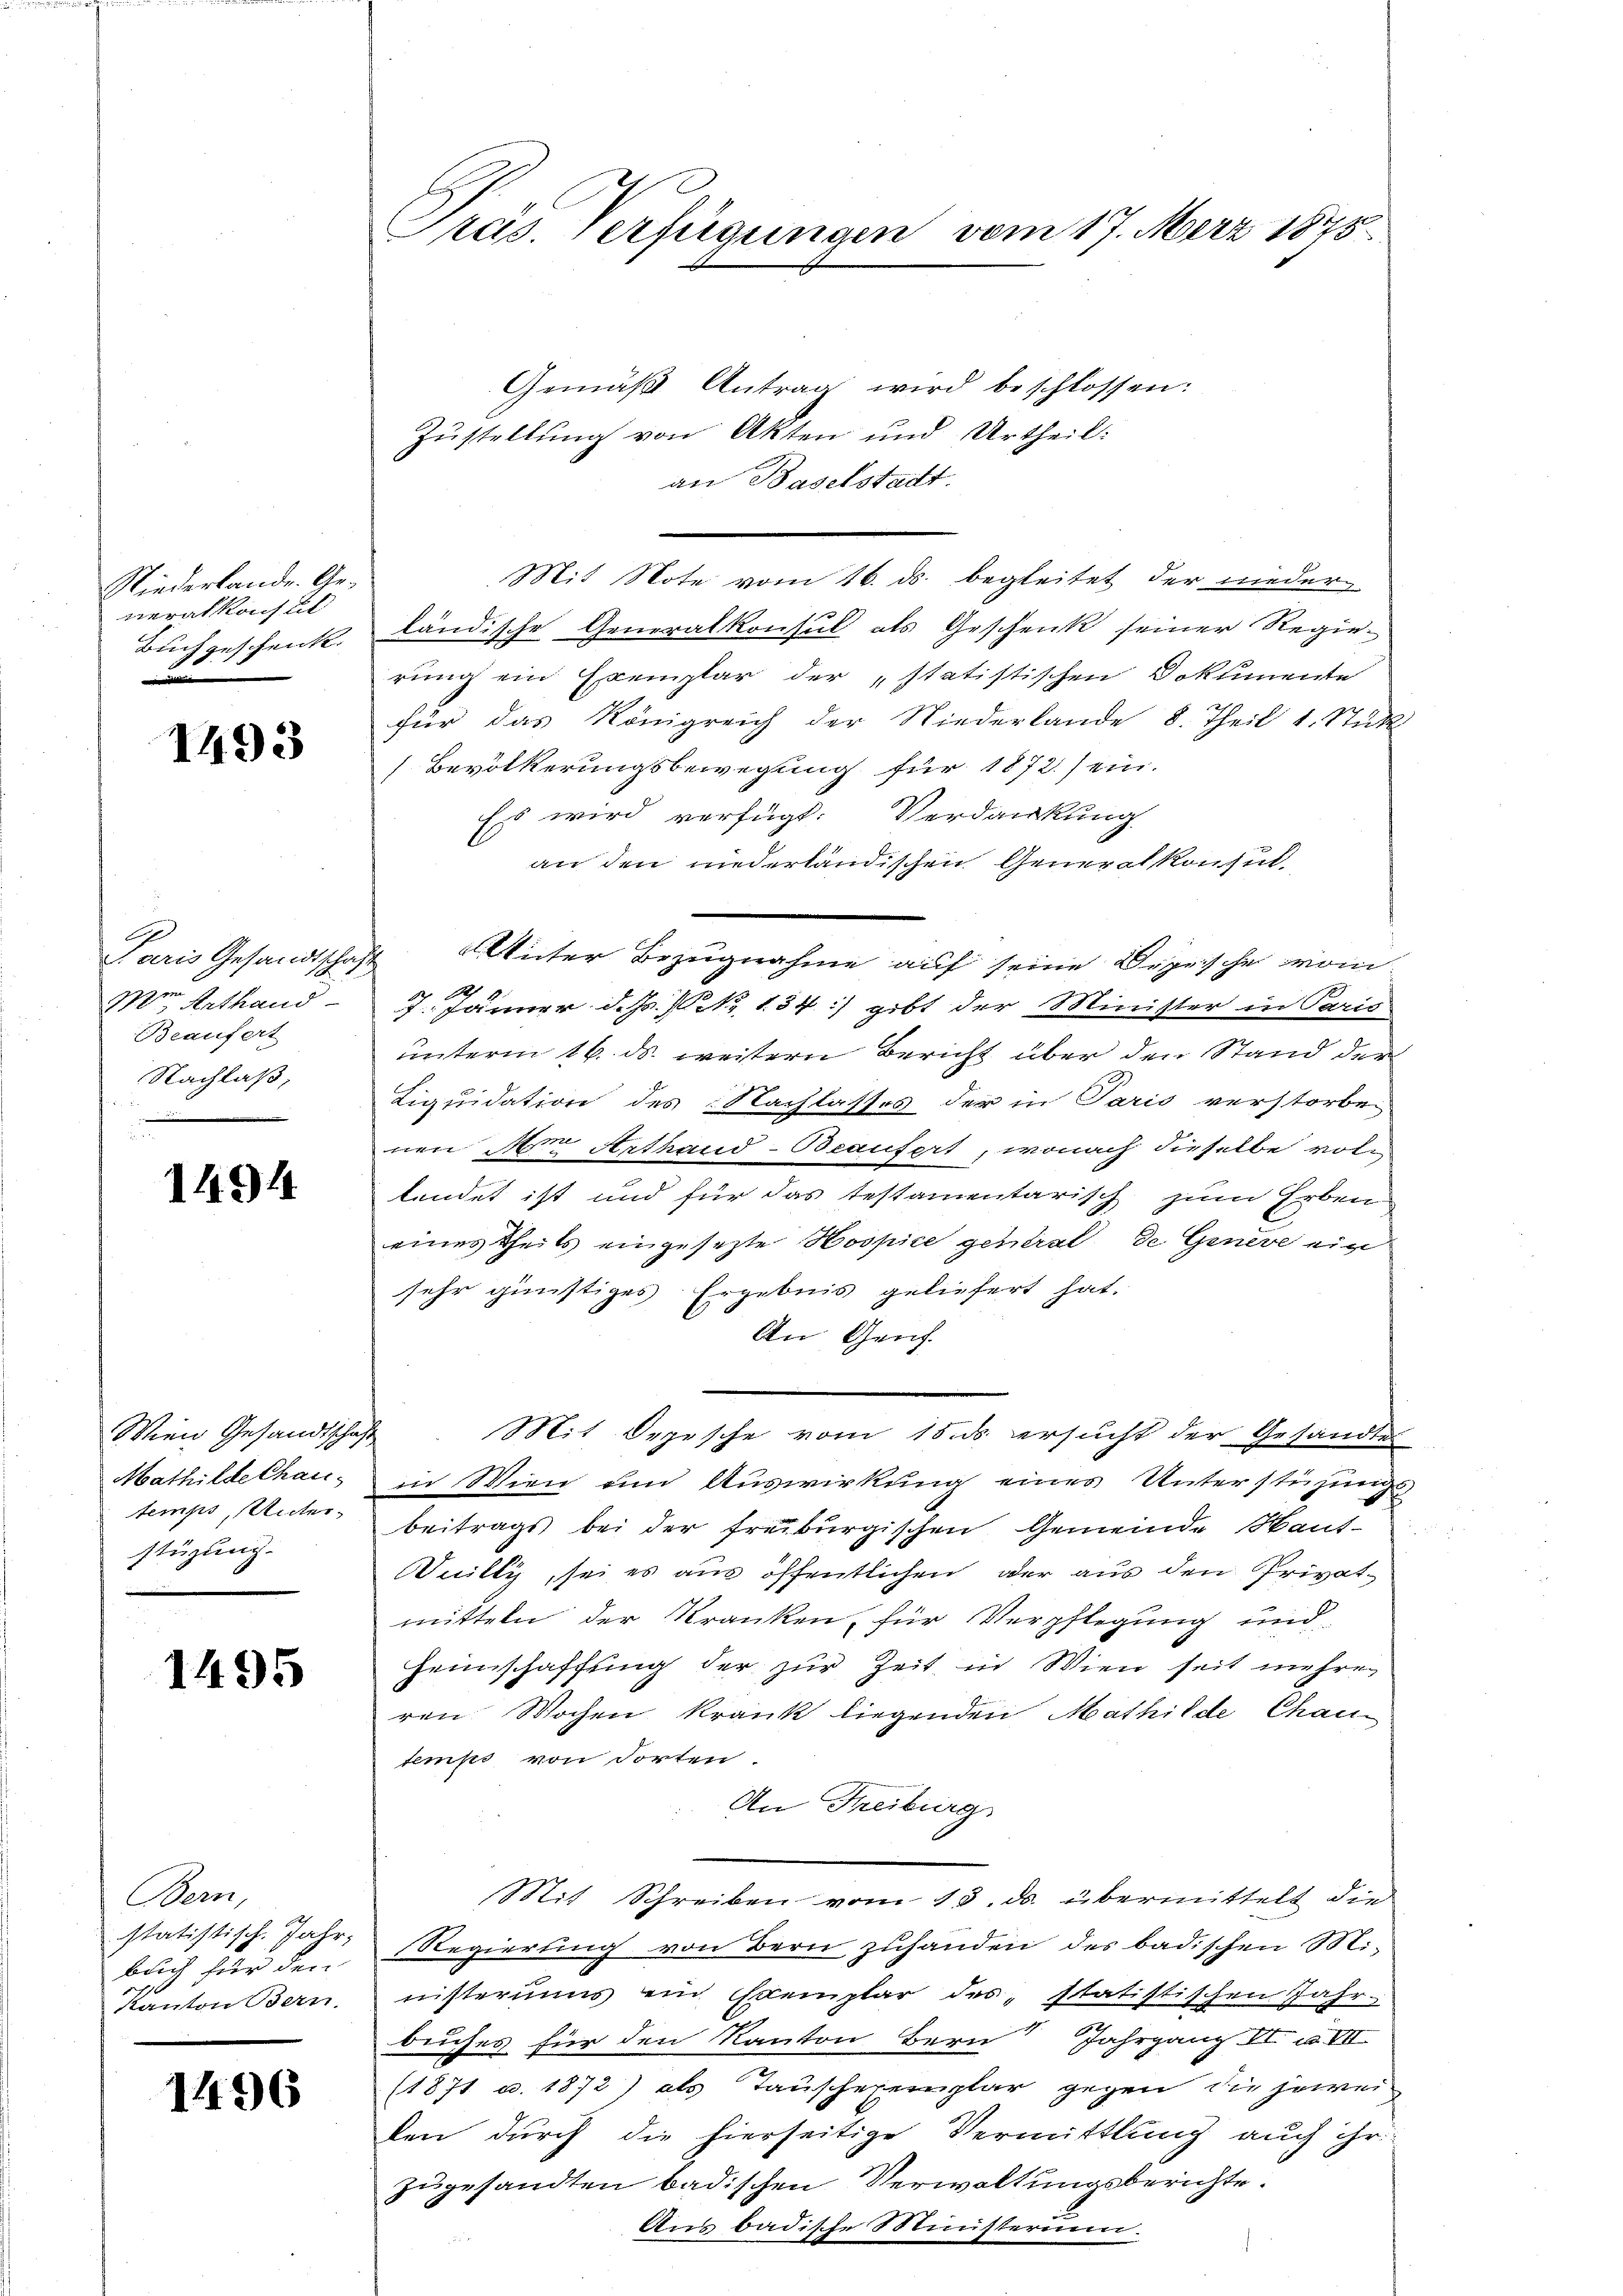
Niederlande. Generalkofet
Buch geschenk.

1493

Were Arthand
Beaufert
Nachlaß,
.

1494

Wien Gesandtschaft
Mathilde Chau
temps, Unter-
stüzung

1495

Bern,
statistisch. Jahr,
blich für den
Kanton Bern,

1496

1
Pras. Verfügungen vom 17. März 1873.

Gemäß Antrag wird beschlossen:
Zustellung von Akten und Urtheil.
an Baselstadt.
Mit Note vom 16. ds. begleitet der nieder
ländische Generalkonsul als Geschenk seiner Regierung ein Exemplar der „statistischen Dokumente
für das Königreich der Niederlande 8. Theil d. Stück
Bevölkerungsbewegung für 1872.) ein.
Es wird verfügt: Verdankung
an den niederländischen Generalkonsul¬
Paris Gesandtschaft Unter Bezugnahme auf seine Deprische womi
7. Jänner d. Js. No 134) gibt der Minister in Paris
unterm 16. ds. weitern Bericht über den Stand der
Liquidation des Nachlasses der in Paris verstorben
nen Am Arthand-Beaufert, wonach dieselbe voti
lendet ist und für das testamentarisch zum Erben
eines theils eingesezte Hospice gestrat de Genere ein
sehr günstiges Ergebnis geliefert hat.
An Genf.
Mit Depesche vom 15. ds ersucht der Gesandtes
in Wien um Auswirkung eines Unterstüzungs
beitrags bei der freiburgischen Gemeinde Haut-
Duilly, sei es aus öffentlichen, oder aus den Privatmitteln der Kranken, für Verpflegung und
Heimschaffung der zur Zeit in Wien seit mehre
ren Wochen Krank liegenden Mathilde Chautemps von dorten.
An Freiburg
Mit Schreiben vom 13. ds. übermittelt die
Regierung von Bern zuhanden des badischen Ministerius ein Exemplar des statistischen Jahr
buches für den Kanton Bern Jahrgang II u. VII
(1871 c. 1872) als Tauschexemplar gegen die jewei
den durch die hierseitige Vermittlung auch ihr
zugesandten badischen Verwaltungsberichte.
Aus badische Ministerium.